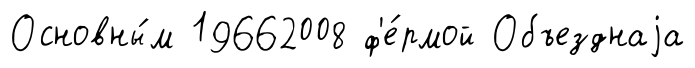
Основны́м 19662008 ф'е́рмой Объезднаjа